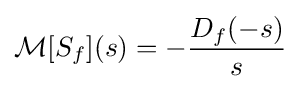
{\mathcal {M}}[S_{f}](s)=-{\frac {D_{f}(-s)}{s}}